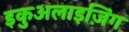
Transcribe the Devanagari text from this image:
इकुअलाइज़िंग